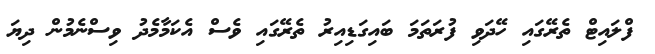
ފްލައިޓް ތެރޭގައި ހޭދަވި ފުރަތަމަ ބައިގަޑިއިރު ތެރޭގައި ވެސް އެކަމާމެދު ވިސްނެމުން ދިޔަ